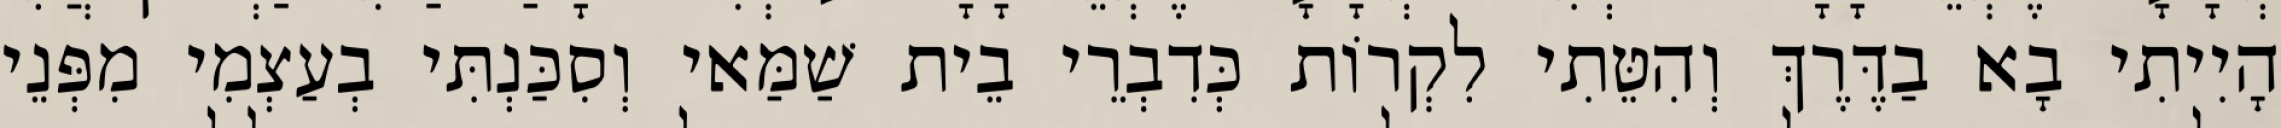
הָיִיתִי בָא בַדֶּרֶךְ וְהִטֵּתִי לִקְרוֹת כְּדִבְרֵי בֵית שַׁמַּאי וְסִכַּנְתִּי בְעַצְמִי מִפְּנֵי